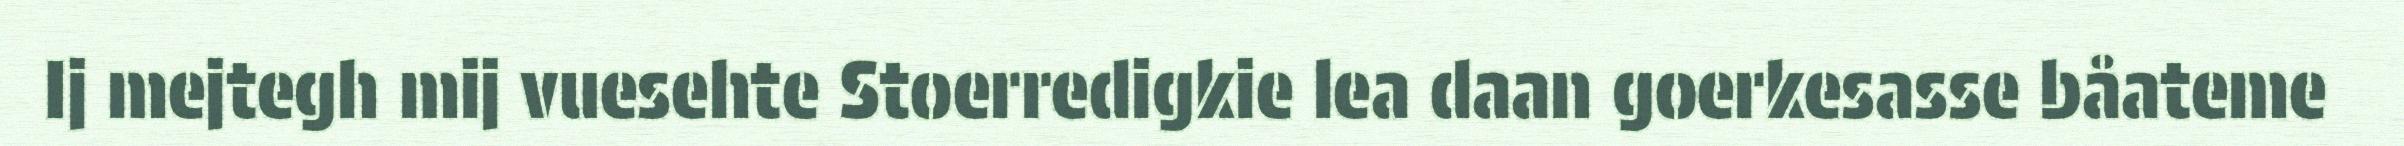
Ij mejtegh mij vuesehte Stoerredigkie lea daan goerkesasse båateme